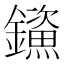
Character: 𮣤